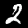
Digit: 2